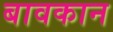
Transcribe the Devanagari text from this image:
बावकान